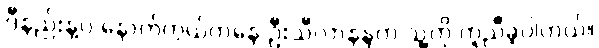
ဒီနည်းနဲ့ပဲ နောက်ကွယ်ကနေ ဦးသီလာနန္ဒက သူ့ကို ကူညီခဲ့ပါတယ်။